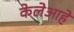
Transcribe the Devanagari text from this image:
केलेआहे